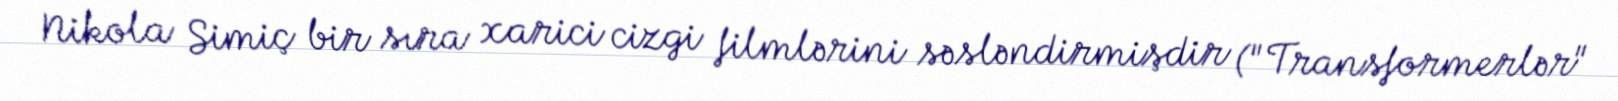
Nikola Simiç bir sıra xarici cizgi filmlərini səsləndirmişdir ("Transformerlər"